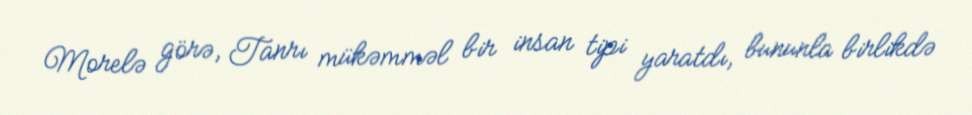
Morelə görə, Tanrı mükəmməl bir insan tipi yaratdı, bununla birlikdə